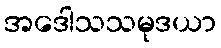
အဒေါသသမုဒယာ